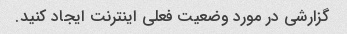
گزارشی در مورد وضعیت فعلی اینترنت ایجاد کنید.